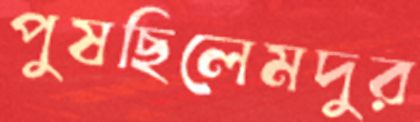
পুষছিলেমদুর